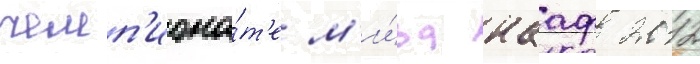
чемп'иона́т'е м'и́ра иааф 2012